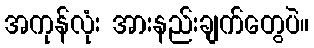
အကုန်လုံး အားနည်းချက်တွေပဲ။